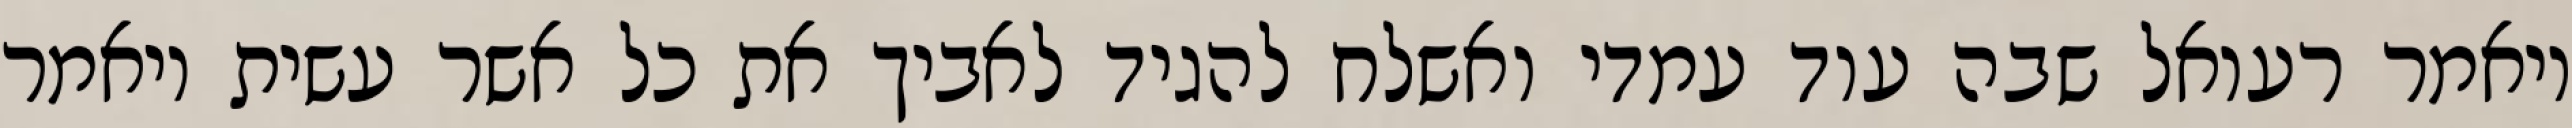
ויאמר רעואל שבה עוד עמדי ואשלח להגיד לאביך את כל אשר עשית ויאמר